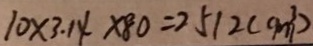
1 0 \times 3 . 1 4 \times 8 0 = 2 5 1 2 ( c m ^ { 3 } )